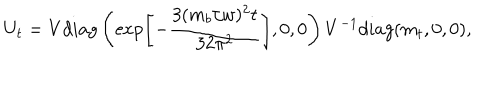
U _ { t } = V d i a g \left( \exp \left[ - \frac { 3 ( m _ { b } / w ) ^ { 2 } t } { 3 2 \pi ^ { 2 } } \right] , 0 , 0 \right) V ^ { - 1 } d i a g ( m _ { t } , 0 , 0 ) ,